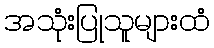
အသုံးပြုသူများထံ